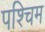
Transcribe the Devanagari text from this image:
पश्चिम